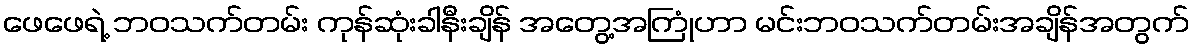
ဖေဖေရဲ့ ဘဝသက်တမ်း ကုန်ဆုံးခါနီးချိန် အတွေ့အကြုံဟာ မင်းဘဝသက်တမ်းအချိန်အတွက်